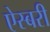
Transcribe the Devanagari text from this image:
ऐस्बरी